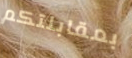
بمقابلتكم